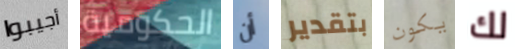
أجيبوا الحكومية أن بتقدير يكون لك